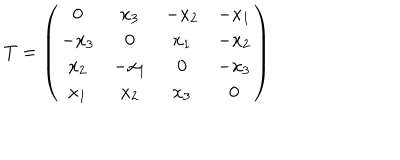
LaTeX: T = \left( \begin{array} { c c c c } { { 0 } } & { { x _ { 3 } } } & { { - x _ { 2 } } } & { { - x _ { 1 } } } \\ { { - x _ { 3 } } } & { { 0 } } & { { x _ { 1 } } } & { { - x _ { 2 } } } \\ { { x _ { 2 } } } & { { - x _ { 1 } } } & { { 0 } } & { { - x _ { 3 } } } \\ { { x _ { 1 } } } & { { x _ { 2 } } } & { { x _ { 3 } } } & { { 0 } } \\ \end{array} \right)